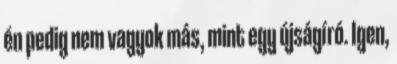
én pedig nem vagyok más, mint egy újságíró. Igen,